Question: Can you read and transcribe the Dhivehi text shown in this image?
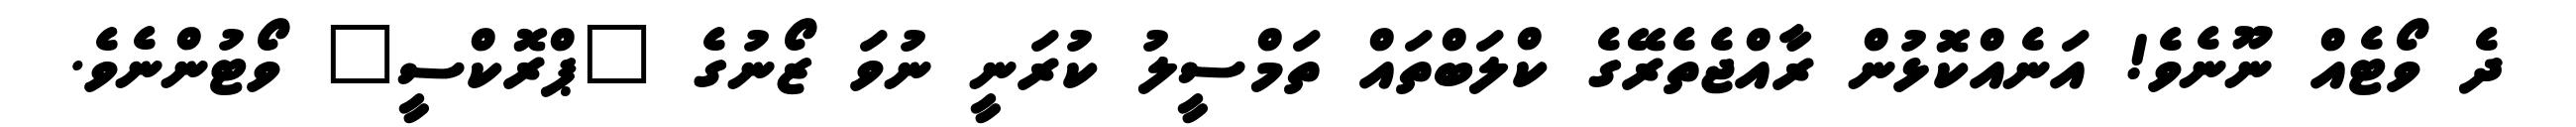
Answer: ދެ ވޯޓެއް ނޫނެވެ! އަނެއްކޮޅުން ރާއްޖެތެރޭގެ ކްލަބްތައް ތަމްސީލު ކުރަނީ ނުވަ ޒޯނުގެ "ޕްރޮކްސީ" ވޯޓުންނެވެ.